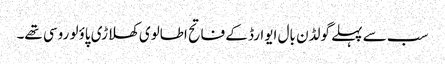
سب سے پہلے گولڈن بال ایوارڈ کے فاتح اطالوی کھلاڑی پاؤلو روسی تھے۔